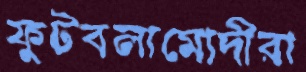
ফুটবলামোদীরা